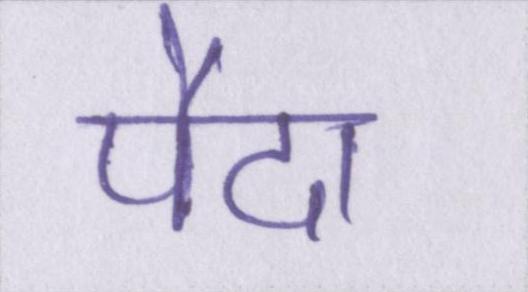
पैदा